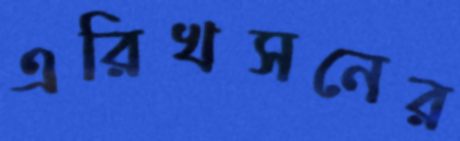
এরিখসনের